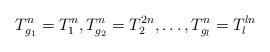
LaTeX: \begin{gather*}T_{g_1}^n=T_1^n, T_{g_2}^n=T_2^{2n}, \dotsc, T_{g_l}^n=T_l^{ln}\end{gather*}